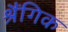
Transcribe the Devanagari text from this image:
श्रैंगिक